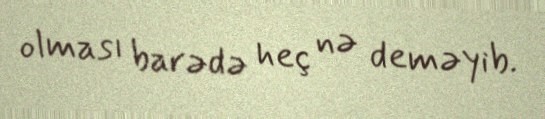
olması barədə heç nə deməyib.